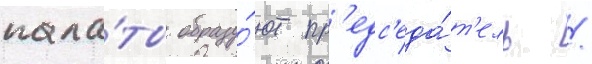
пала́ты образу́ют пр'едс'еда́т'ель /